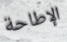
الإطاحة